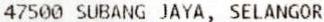
47500 SUBANG JAYA, SELANGOR